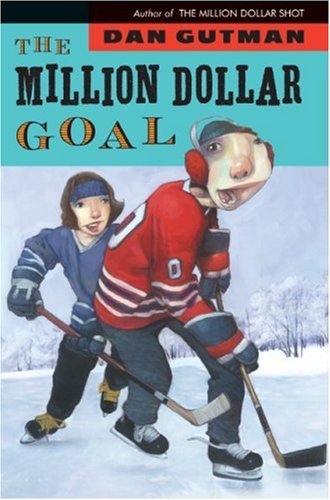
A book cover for The Million Dollar Goal; Dan Gutman; Children's Books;